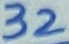
Text: 32